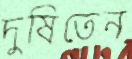
দুষিতেন